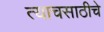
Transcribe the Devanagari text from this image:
त्याचसाठीचे